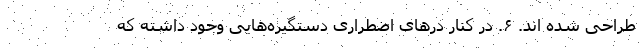
طراحی شده اند. ۶. در کنار در‌های اضطراری دستگیره‌هایی وجود داشته که